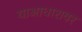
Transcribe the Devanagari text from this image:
याआधारावर